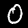
Label: 0